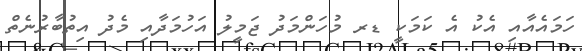
ހަމައެއާއި އެކު އެ ކަމަކީ ޑރ މުހަންމަދު ޖަމީލު އަހުމަދާއި މެދު އިތުބާރުނެތް